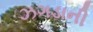
ઝગડાની